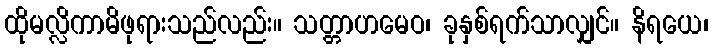
ထိုမလ္လိကာမိဖုရားသည်လည်း။ သတ္တာဟမေဝ၊ ခုနှစ်ရက်သာလျှင်။ နိရယေ၊